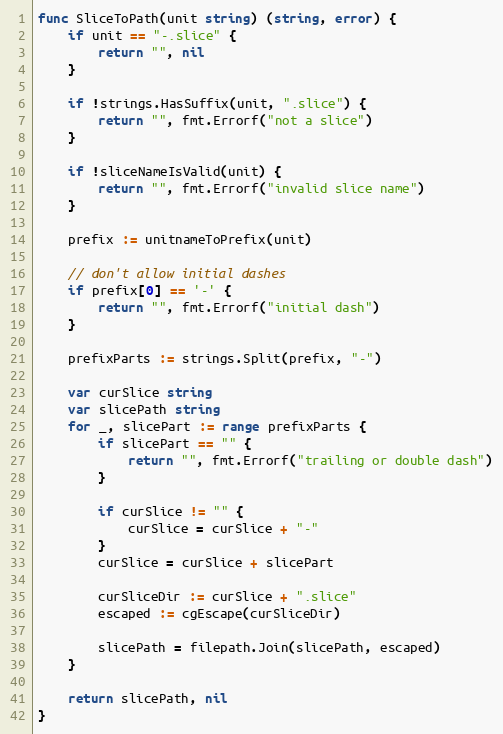
Language: Go
func SliceToPath(unit string) (string, error) {
	if unit == "-.slice" {
		return "", nil
	}

	if !strings.HasSuffix(unit, ".slice") {
		return "", fmt.Errorf("not a slice")
	}

	if !sliceNameIsValid(unit) {
		return "", fmt.Errorf("invalid slice name")
	}

	prefix := unitnameToPrefix(unit)

	// don't allow initial dashes
	if prefix[0] == '-' {
		return "", fmt.Errorf("initial dash")
	}

	prefixParts := strings.Split(prefix, "-")

	var curSlice string
	var slicePath string
	for _, slicePart := range prefixParts {
		if slicePart == "" {
			return "", fmt.Errorf("trailing or double dash")
		}

		if curSlice != "" {
			curSlice = curSlice + "-"
		}
		curSlice = curSlice + slicePart

		curSliceDir := curSlice + ".slice"
		escaped := cgEscape(curSliceDir)

		slicePath = filepath.Join(slicePath, escaped)
	}

	return slicePath, nil
}